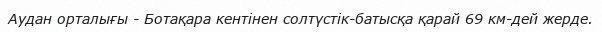
Аудан орталығы - Ботақара кентінен солтүстік-батысқа қарай 69 км-дей жерде.